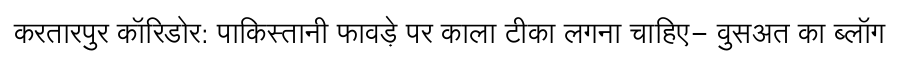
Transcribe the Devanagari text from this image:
करतारपुर कॉरिडोर: पाकिस्तानी फावड़े पर काला टीका लगना चाहिए- वुसअत का ब्लॉग